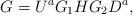
LaTeX: \begin{align*} G=U^{a} G_1 H G_2 D^{a},\end{align*}